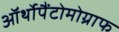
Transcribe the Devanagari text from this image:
ऑर्थोपैंटोमोग्राफ